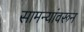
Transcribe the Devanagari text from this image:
सामन्यांवरून